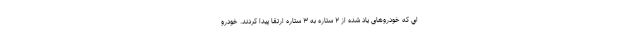
اي كه خودروهای ياد شده از ۲ ستاره به ۳ ستاره ارتقا پيدا كردند. خودرو